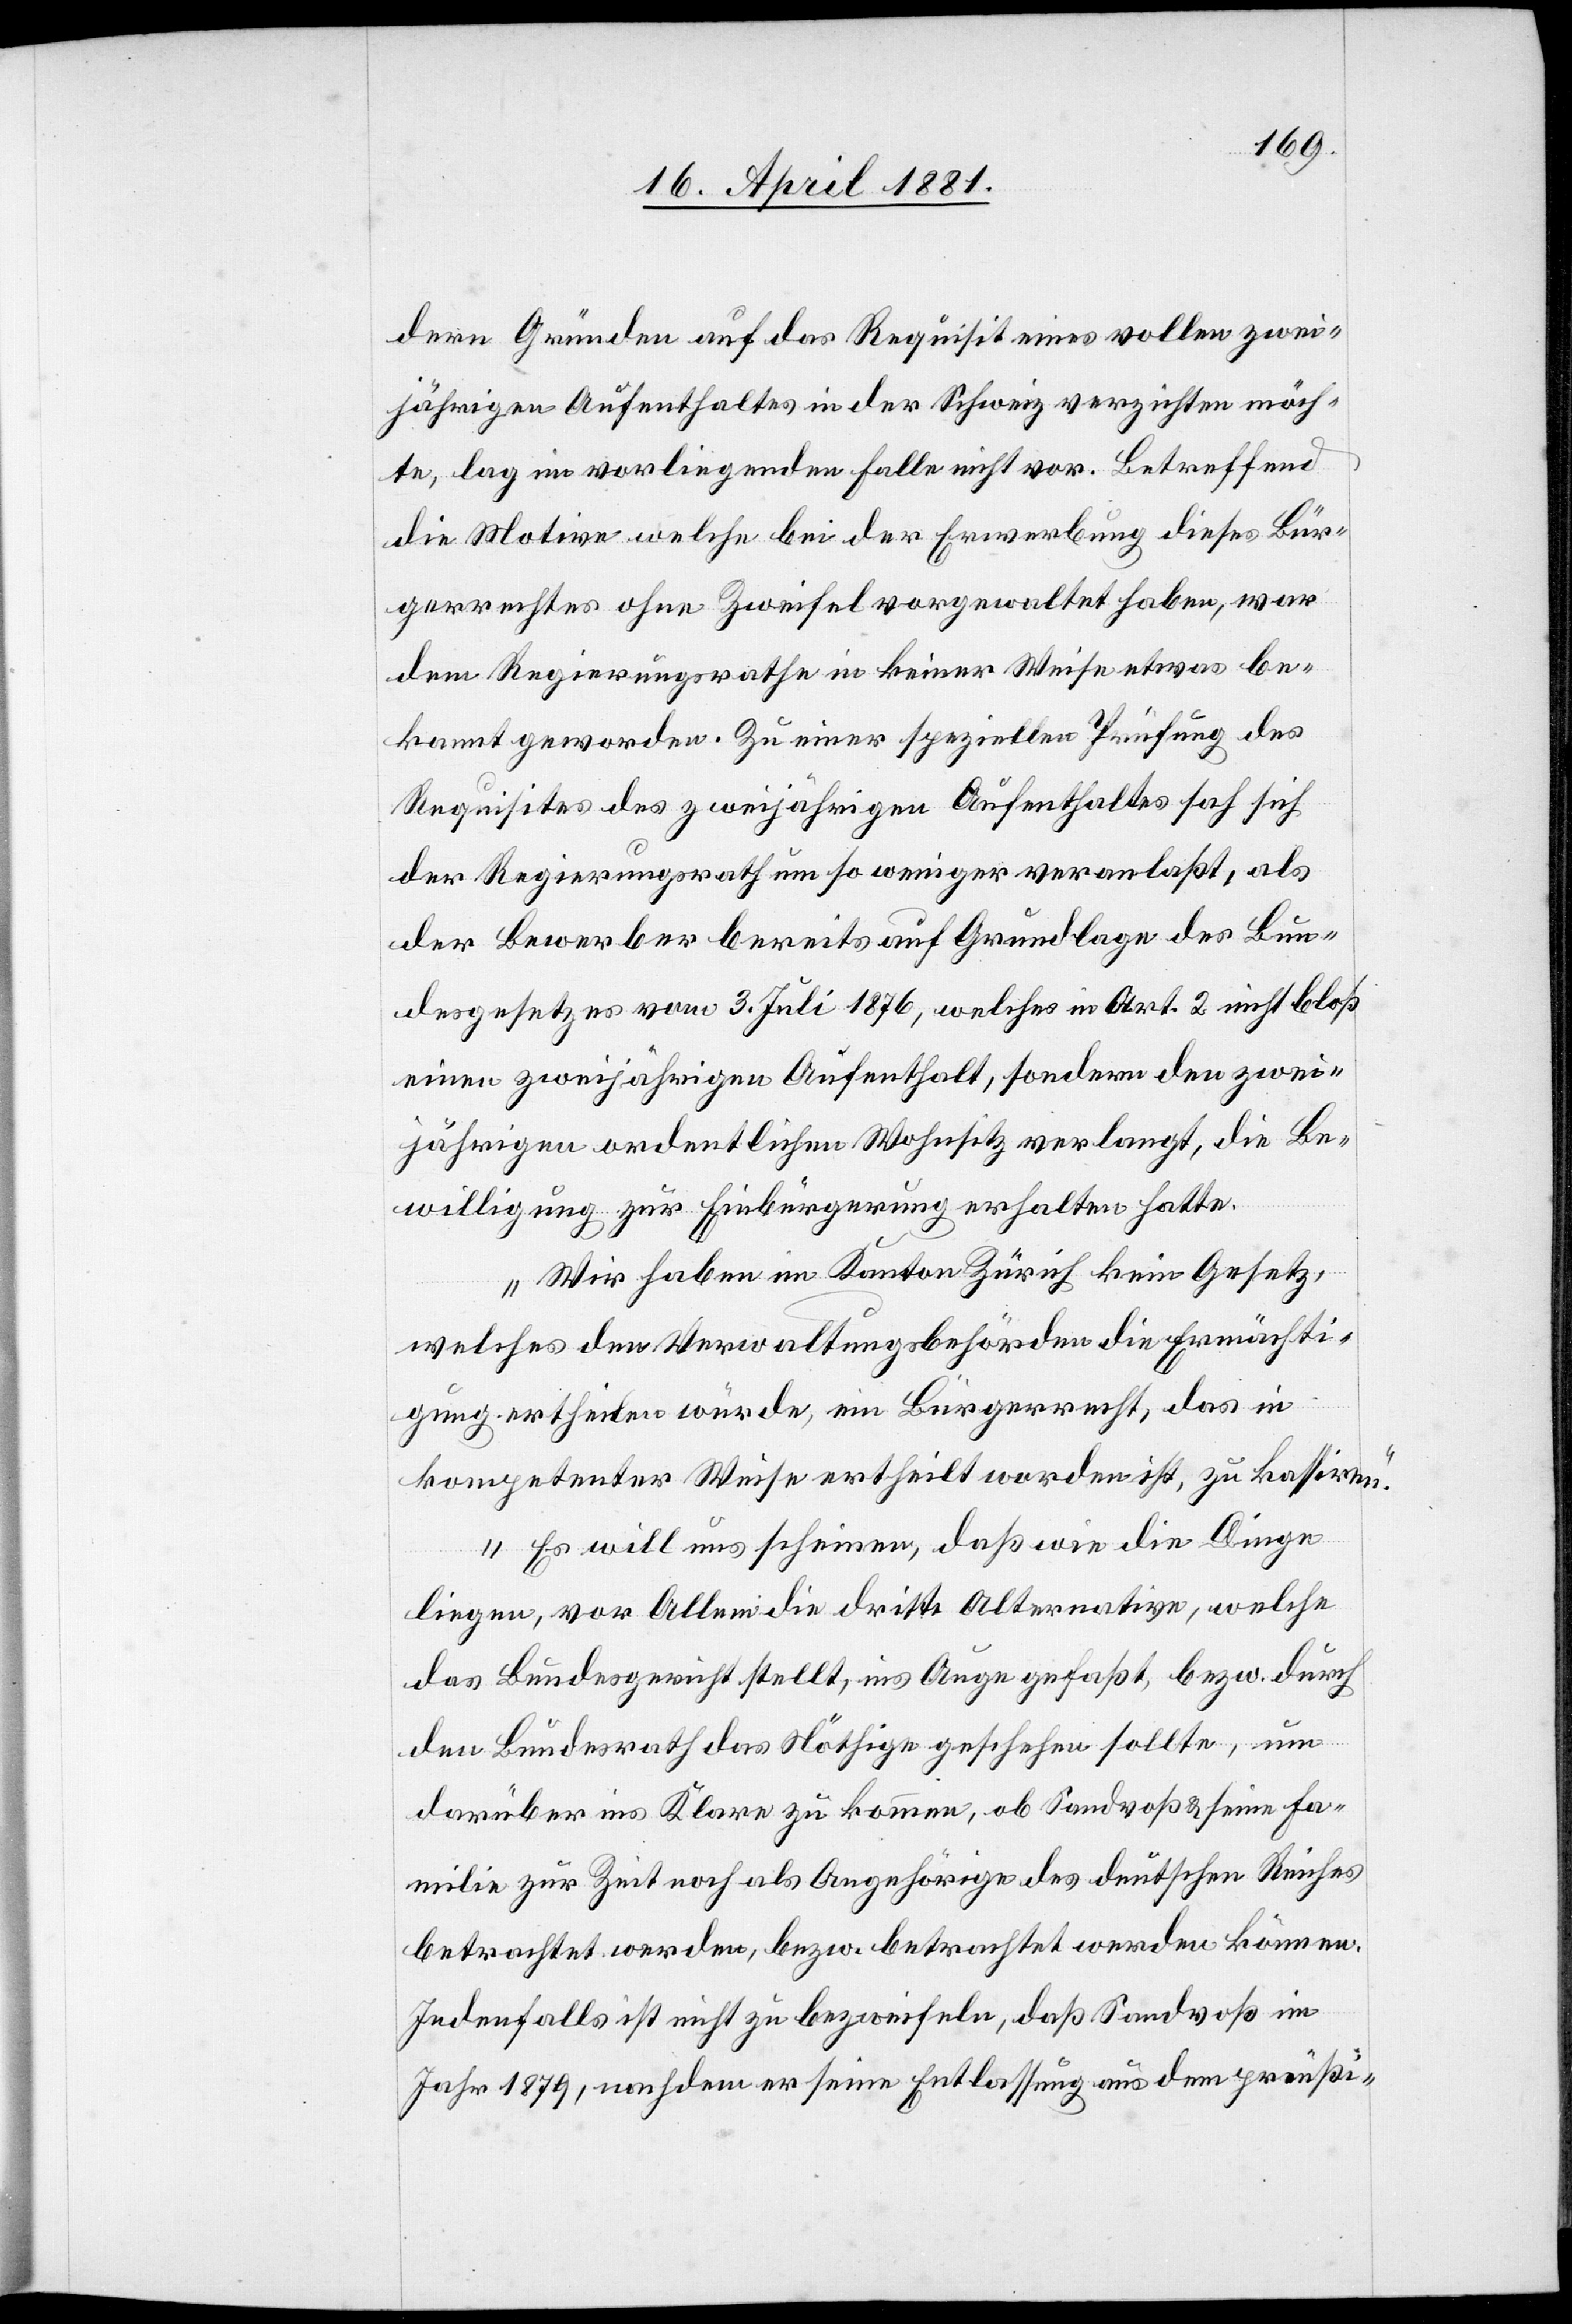
deren Gründen auf das Requisit eines vollen zwei¬
jährigen Aufenthaltes in der Schweiz verzichten möch¬
te, lag im vorliegenden Falle nicht vor. Betreffend
die Motive welche bei der Erwerbung dieses Bür¬
gerrechtes ohne Zweifel vorgewaltet haben, war
dem Regierungsrathe in keiner Weise etwas be¬
kannt geworden. Zu einer speziellen Prüfung des
Requisites des zweijährigen Aufenthaltes hat sich
der Regierungsrath um so weniger veranlaßt, als
der Bewerber bereits auf Grundlage des Bun¬
desgesetzes vom 3. Juli 1876, welches im Art. 2 nicht bloß
einen zweijährigen Aufenthalt, sondern den zwei¬
jährigen ordentlichen Wohnsitz verlangt, die Be¬
willigung zur Einbürgerung erhalten hatte.
Wir haben im Kanton Zürich kein Gesetz
welches den Verwaltungsbehörden die Ermächti¬
gung ertheilen würde, ein Bürgerrecht, das in
kompetenter Weise ertheilt worden ist, zu kassiren.
Es will uns scheinen, daß wie die Dinge
liegen, vor Allem die dritte Alternative, welche
das Bundesrecht stellt, ins Auge gefaßt, bezw. durch
den Bundesrath das Nöthige geschehen sollte, um
darüber ins Klare zu kommen, ob Sandvoß & seine Fa¬
milie zur Zeit noch als Angehörige des deutschen Reiches
betrachtet werden, bezw. betrachtet werden können.
Jedenfalls ist nicht zu bezweifeln, daß Sandvoß im
Jahre 1879, nachdem er seine Entlassung aus dem preußi-